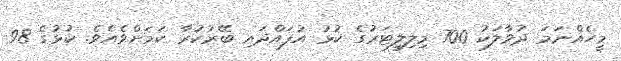
މީހެއްނަމަ ދުވާލަކު 700 މިލިލީޓަރުގެ ކުޅު އުފައްދައި ބޭރުކުރާ ކަމަށްވެއެވެ. ކުޅުގެ 98